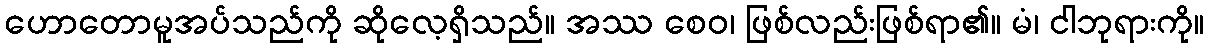
ဟောတောမူအပ်သည်ကို ဆိုလေ့ရှိသည်။ အဿ စေဝ၊ ဖြစ်လည်းဖြစ်ရာ၏။ မံ၊ ငါဘုရားကို။